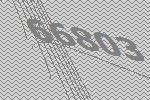
66803